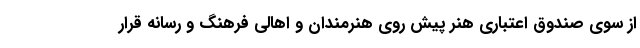
از سوی صندوق اعتباری هنر پیش روی هنرمندان و اهالی فرهنگ و رسانه قرار